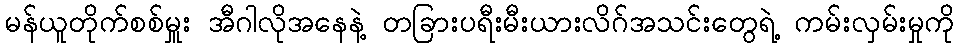
မန်ယူတိုက်စစ်မှူး အီဂါလိုအနေနဲ့ တခြားပရီးမီးယားလိဂ်အသင်းတွေရဲ့ ကမ်းလှမ်းမှုကို